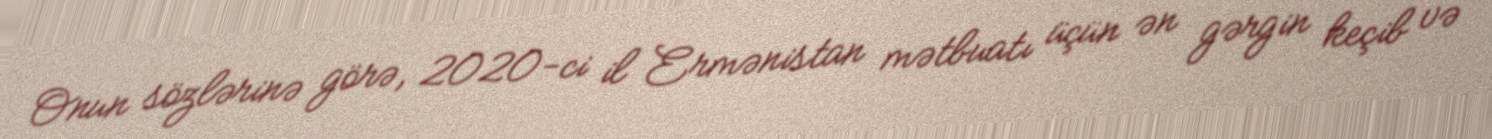
Onun sözlərinə görə, 2020-ci il Ermənistan mətbuatı üçün ən gərgin keçib və